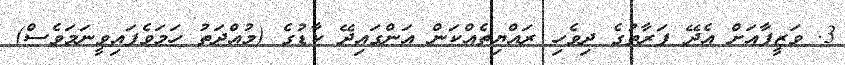
3. ވަޒީފާއަށް އެދޭ ފަރާތުގެ ދިވެހި ރައްޔިތެއްކަން އަންގައިދޭ ކާޑުގެ (މުއްދަތު ހަމަވެފައިވީނަމަވެސް)